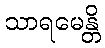
သာရမေန္တိ